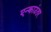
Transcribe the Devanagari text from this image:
एन्काउंतर